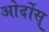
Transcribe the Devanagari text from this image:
ओर्दोस्